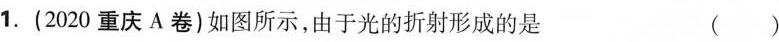
1.(2020重庆A卷)如图所示，由于光的折射形成的是 ()